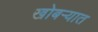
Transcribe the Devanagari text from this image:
खोबऱ्यात